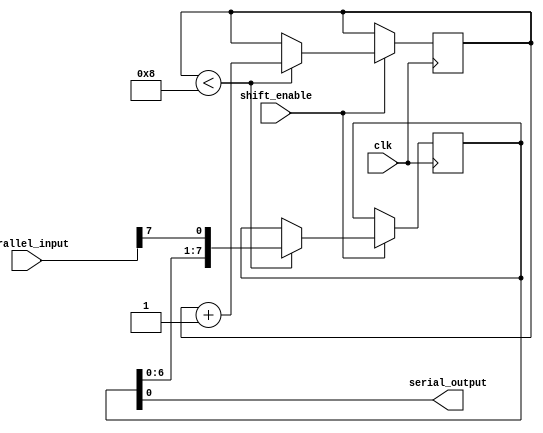
module parallel_in_serial_out_register(
    input clk,
    input shift_enable,
    input [7:0] parallel_input,
    output serial_output
);

reg [7:0] register;
reg [2:0] shift_count;

always @(posedge clk) begin
    if(shift_enable) begin
        if(shift_count < 8) begin
            register <= {register[6:0], parallel_input[7]};
            shift_count <= shift_count + 1;
        end
    end
end

assign serial_output = register[0];

endmodule